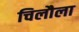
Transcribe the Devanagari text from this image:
चिलौला